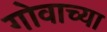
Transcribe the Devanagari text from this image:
गोवाच्या